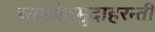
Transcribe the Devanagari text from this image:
सामवेदमुदाहरन्तीं